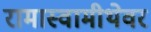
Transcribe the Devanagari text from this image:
रामास्वामीथेवर